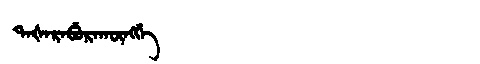
Manchu: ᡨᠠᡧᠠᡵᠠᠪᡠᡵᠠᡴᡡᠩᡤᡝ
Romanization: TAŠARABURAKŪNGGE